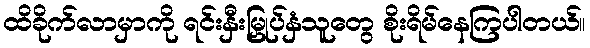
ထိခိုက်လာမှာကို ရင်းနှီးမြှုပ်နှံသူတွေ စိုးရိမ်နေကြပါတယ်။